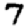
Digit: 7